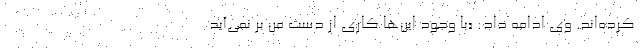
کرده‌اند. وی ادامه داد: «با وجود این‌ها کاری از دست من بر نمی‌آید